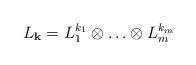
LaTeX: \begin{align*}L_{{\bf k}}= L_1^{k_1}\otimes \ldots \otimes L_m^{k_m}\end{align*}